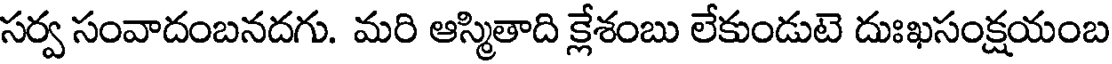
సర్వ సంవాదంబనదగు. మరి ఆస్మితాది క్లేశంబు లేకుండుటె దుఃఖసంక్షయంబ